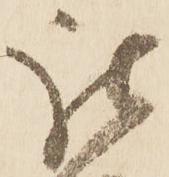
被